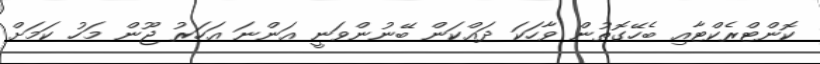
ކޮންޓްރެކްޓާއި ބެހޭގޮތުން ވާހަކަ ދައްކަން ބޭނުންވަނީ އަންނަ އަހަރު ޖޫން މަހު ކަމަށް